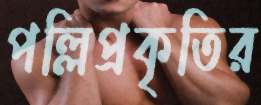
পল্লিপ্রকৃতির